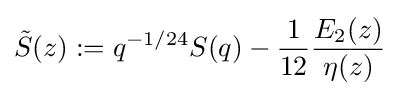
{\tilde {S}}(z):=q^{-1/24}S(q)-{\frac {1}{12}}{\frac {E_{2}(z)}{\eta (z)}}